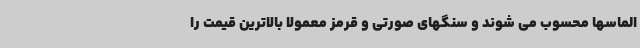
الماسها محسوب می شوند و سنگهای صورتی و قرمز معمولا بالاترین قیمت را